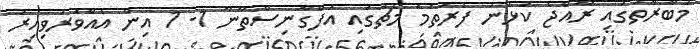
މުބާރާތުގައި ރާއްޖެ ކުޅުނު ފުރަތަމަ މެޗުގައި އަފްގާނިސްތާނާ 1- 1 އިން އެއްވަރުވިއިރު